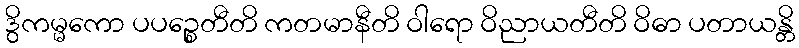
ဒွိကမ္မကော ပပဉ္စေတီတိ ကတမာနီတိ ဝါရော ဝိညာယတီတိ ဝိဓာ ပတာယန္တိ